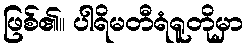
ဖြစ်၏။ ပါရိမတီရံရူတိုမှာ